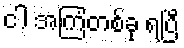
ငါ အကြံတစ်ခု ရပြီ